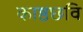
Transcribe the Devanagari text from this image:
काष्ठछवि